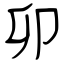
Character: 卯